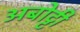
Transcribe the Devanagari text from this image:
अबोट्टी